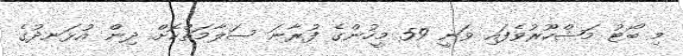
މި ބޯޓު މަޝްހޫރުވެފައި ވަނީ 59 މީހުންގެ ފުރާނަ ސަލާމަތްކޮށް ދިން އުޅަނދުގެ